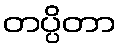
တပ္ပိတာ